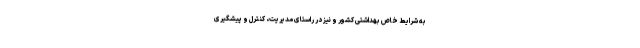
به شرایط خاص بهداشتی کشور و نیز در راستای مدیریت، کنترل و پیشگیری